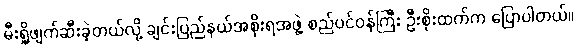
မီးရှို့ဖျက်ဆီးခဲ့တယ်လို့ ချင်းပြည်နယ်အစိုးရအဖွဲ့ စည်ပင်ဝန်ကြီး ဦးစိုးထက်က ပြောပါတယ်။